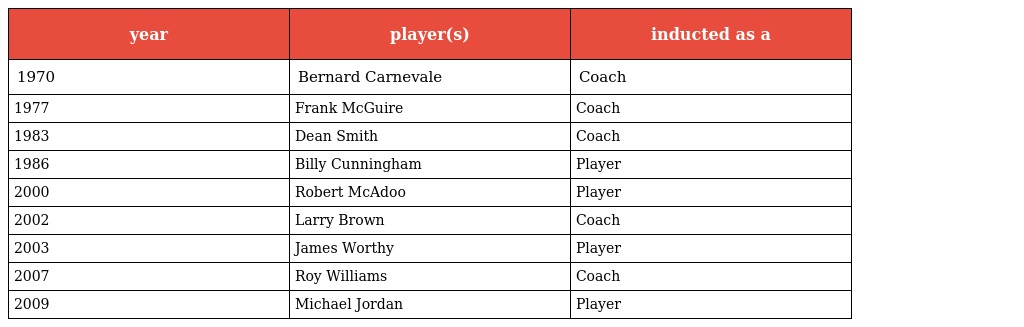
| year | player(s) | inducted as a |
 | --- | --- | --- |
 | 1970 | Bernard Carnevale | Coach |
 | 1977 | Frank McGuire | Coach |
 | 1983 | Dean Smith | Coach |
 | 1986 | Billy Cunningham | Player |
 | 2000 | Robert McAdoo | Player |
 | 2002 | Larry Brown | Coach |
 | 2003 | James Worthy | Player |
 | 2007 | Roy Williams | Coach |
 | 2009 | Michael Jordan | Player |